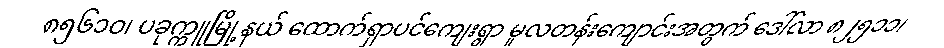
၈၅၆၁ဝ၊ ပခုက္ကူမြို့နယ် ထောက်ရှာပင်ကျေးရွာ မူလတန်းကျောင်းအတွက် ဒေါ်လာ ၈၂၅၁၁၊